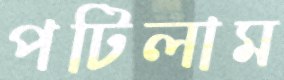
পটিলাম